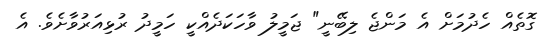
ގޮތެއް ހެދުމަށް އެ މަންޖެ ލިބޭނީ" ޖަމީލު ވާހަކަދެއްކީ ހަމީދު ރުޅިއަރުވާށެވެ. އެ